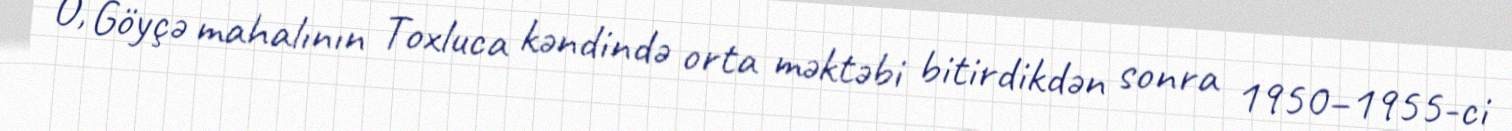
O, Göyçə mahalının Toxluca kəndində orta məktəbi bitirdikdən sonra 1950–1955-ci